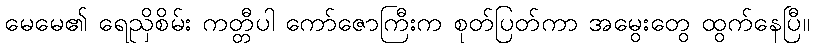
မေမေ၏ ရေညှိစိမ်း ကတ္တီပါ ကော်ဇောကြီးက စုတ်ပြတ်ကာ အမွေးတွေ ထွက်နေပြီ။